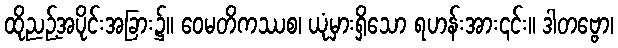
ထိုညဉ့်အပိုင်းအခြား၌။ ဝေမတိကဿစ၊ ယုံမှားရှိသော ရဟန်းအား၎င်း။ ဒါတဗ္ဗော၊